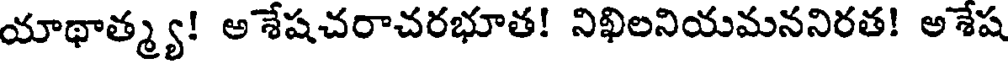
యాథాత్మ్య! అ శేషచరాచరభూత! నిఖిలనియమననిరత! అశేష